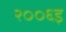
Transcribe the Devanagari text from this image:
२००६इ